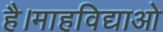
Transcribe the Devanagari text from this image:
है।माहविद्याओ